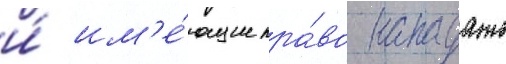
и́ им'е́ющие пра́во нападать